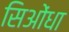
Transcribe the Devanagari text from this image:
सिओंधा